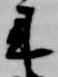
来